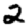
Digit: 2